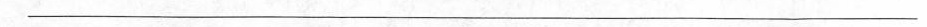
___